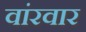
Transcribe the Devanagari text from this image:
वांरवार